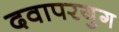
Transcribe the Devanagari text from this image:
दवापरयुग